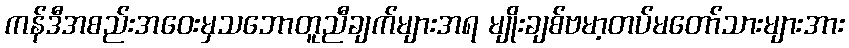
ကန်ဒီအစည်းအဝေးမှသဘောတူညီချက်များအရ မျိုးချစ်ဗမာ့တပ်မတော်သားများအား